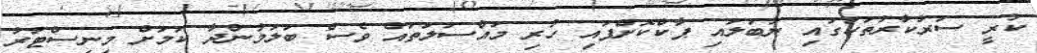
ކުރީ ސަރުކާރުތަކުގައި ނުބަލައި ޕާކްކޮށްފައި ހުރި މައްސަލަތައް ވެސް ބަލަމުންދާ ކަމަށް މިނިސްޓަރު